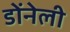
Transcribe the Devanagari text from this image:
डोंनेली